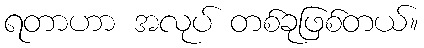
ရတာဟာ အလုပ် တစ်ခုဖြစ်တယ်။